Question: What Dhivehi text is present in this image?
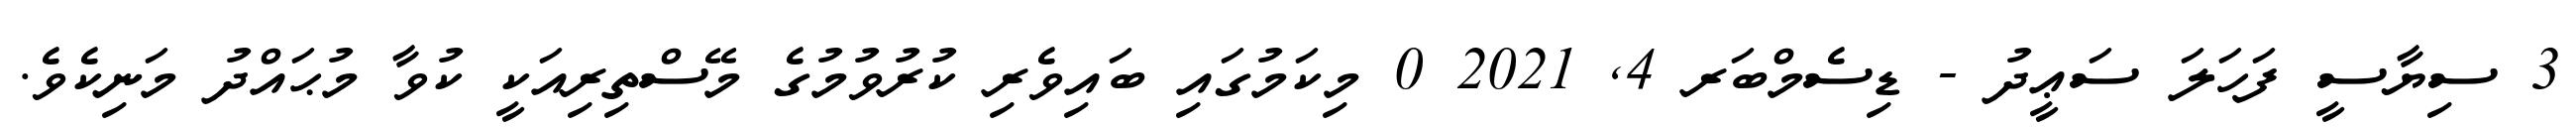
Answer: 3 ސިޔާސީ ފަހަލަ ސަޢީދު - ޑިސެމްބަރ 4, 2021 0 މިކަމުގައި ބައިވެރި ކުރުވުމުގެ މޭސްތިރިއަކީ ކުވާ މުޙައްދު މަނިކެވެ.